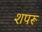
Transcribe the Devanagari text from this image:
शपरू